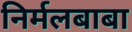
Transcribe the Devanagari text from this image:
निर्मलबाबा